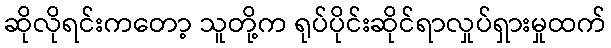
ဆိုလိုရင်းကတော့ သူတို့က ရုပ်ပိုင်းဆိုင်ရာလှုပ်ရှားမှုထက်